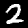
Label: 2